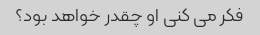
فکر می کنی او چقدر خواهد بود؟